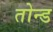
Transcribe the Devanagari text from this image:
तोन्ड